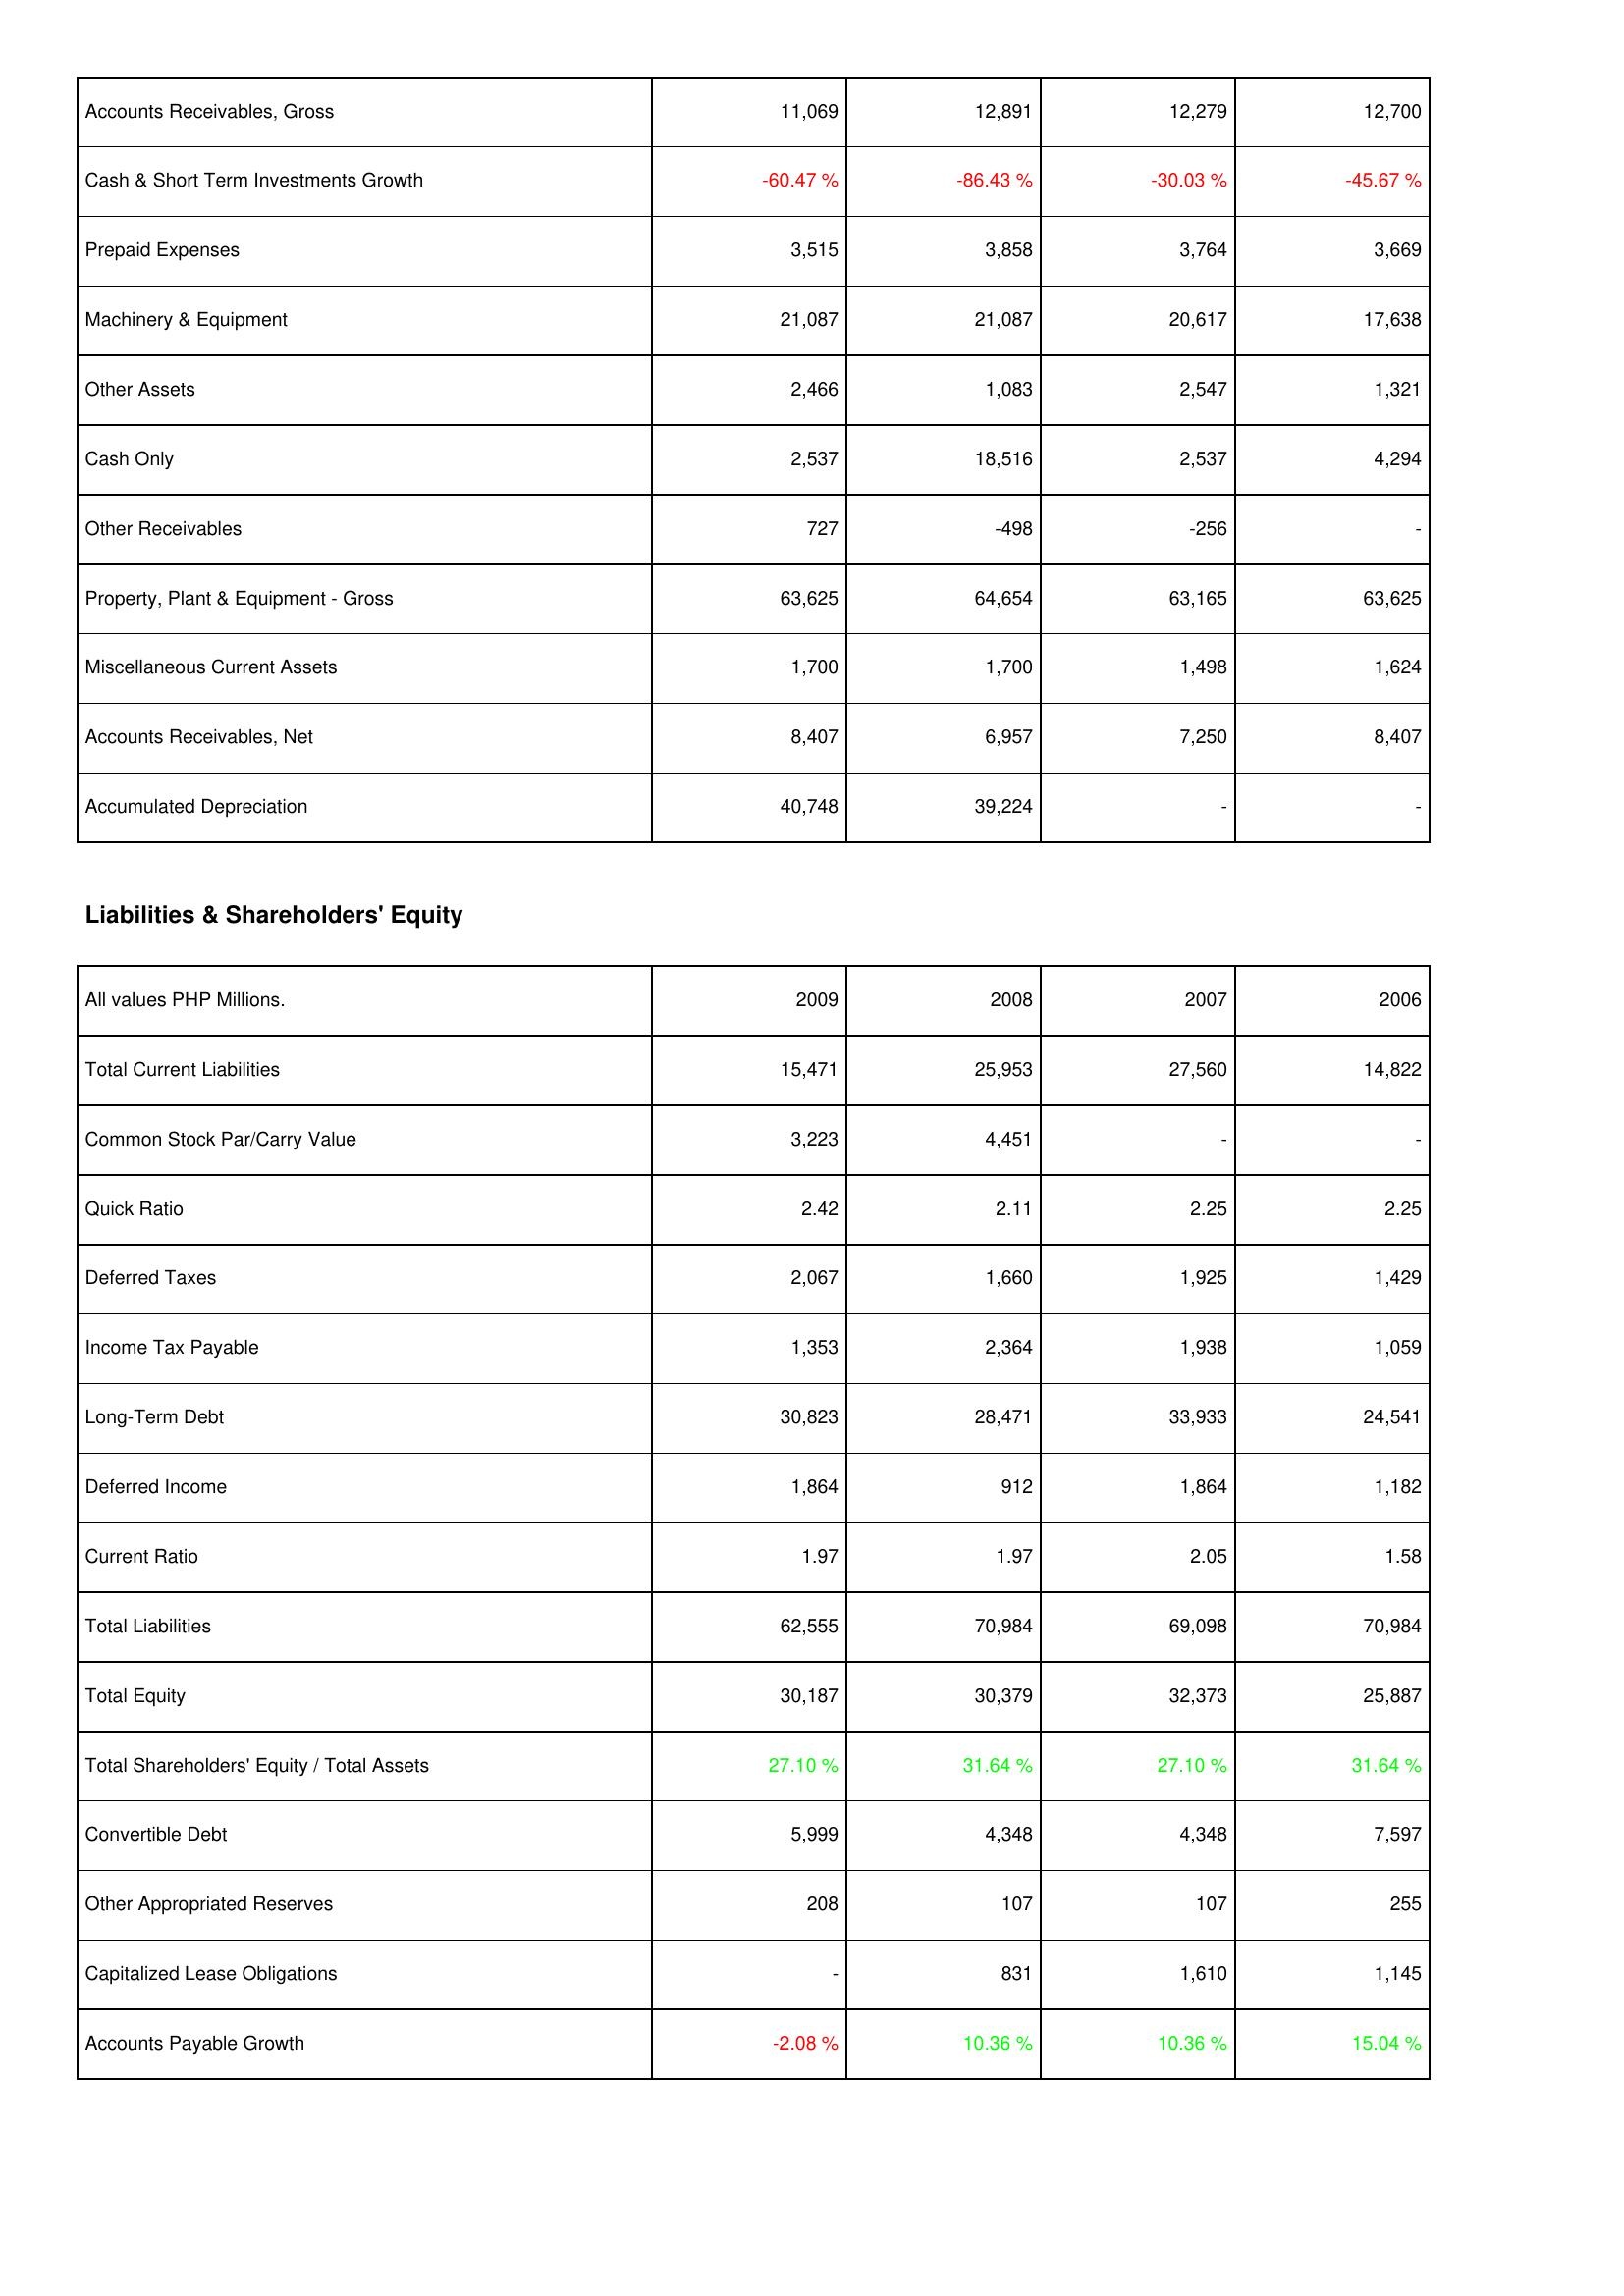
2009: Assets: Accounts Receivables, Gross: 11,069
Cash & Short Term Investments Growth: -60.47 %
Prepaid Expenses: 3,515
Machinery & Equipment: 21,087
Other Assets: 2,466
Cash Only: 2,537
Other Receivables: 727
Property, Plant & Equipment - Gross: 63,625
Miscellaneous Current Assets: 1,700
Accounts Receivables, Net: 8,407
Accumulated Depreciation: 40,748
Liabilities & Shareholders' Equity: Total Current Liabilities: 15,471
Common Stock Par/Carry Value: 3,223
Quick Ratio: 2.42
Deferred Taxes: 2,067
Income Tax Payable: 1,353
Long-Term Debt: 30,823
Deferred Income: 1,864
Current Ratio: 1.97
Total Liabilities: 62,555
Total Equity: 30,187
Total Shareholders' Equity / Total Assets: 27.10 %
Convertible Debt: 5,999
Other Appropriated Reserves: 208
Capitalized Lease Obligations: -
Accounts Payable Growth: -2.08 %
2008: Assets: Accounts Receivables, Gross: 12,891
Cash & Short Term Investments Growth: -86.43 %
Prepaid Expenses: 3,858
Machinery & Equipment: 21,087
Other Assets: 1,083
Cash Only: 18,516
Other Receivables: -498
Property, Plant & Equipment - Gross: 64,654
Miscellaneous Current Assets: 1,700
Accounts Receivables, Net: 6,957
Accumulated Depreciation: 39,224
Liabilities & Shareholders' Equity: Total Current Liabilities: 25,953
Common Stock Par/Carry Value: 4,451
Quick Ratio: 2.11
Deferred Taxes: 1,660
Income Tax Payable: 2,364
Long-Term Debt: 28,471
Deferred Income: 912
Current Ratio: 1.97
Total Liabilities: 70,984
Total Equity: 30,379
Total Shareholders' Equity / Total Assets: 31.64 %
Convertible Debt: 4,348
Other Appropriated Reserves: 107
Capitalized Lease Obligations: 831
Accounts Payable Growth: 10.36 %
2007: Assets: Accounts Receivables, Gross: 12,279
Cash & Short Term Investments Growth: -30.03 %
Prepaid Expenses: 3,764
Machinery & Equipment: 20,617
Other Assets: 2,547
Cash Only: 2,537
Other Receivables: -256
Property, Plant & Equipment - Gross: 63,165
Miscellaneous Current Assets: 1,498
Accounts Receivables, Net: 7,250
Accumulated Depreciation: -
Liabilities & Shareholders' Equity: Total Current Liabilities: 27,560
Common Stock Par/Carry Value: -
Quick Ratio: 2.25
Deferred Taxes: 1,925
Income Tax Payable: 1,938
Long-Term Debt: 33,933
Deferred Income: 1,864
Current Ratio: 2.05
Total Liabilities: 69,098
Total Equity: 32,373
Total Shareholders' Equity / Total Assets: 27.10 %
Convertible Debt: 4,348
Other Appropriated Reserves: 107
Capitalized Lease Obligations: 1,610
Accounts Payable Growth: 10.36 %
2006: Assets: Accounts Receivables, Gross: 12,700
Cash & Short Term Investments Growth: -45.67 %
Prepaid Expenses: 3,669
Machinery & Equipment: 17,638
Other Assets: 1,321
Cash Only: 4,294
Other Receivables: -
Property, Plant & Equipment - Gross: 63,625
Miscellaneous Current Assets: 1,624
Accounts Receivables, Net: 8,407
Accumulated Depreciation: -
Liabilities & Shareholders' Equity: Total Current Liabilities: 14,822
Common Stock Par/Carry Value: -
Quick Ratio: 2.25
Deferred Taxes: 1,429
Income Tax Payable: 1,059
Long-Term Debt: 24,541
Deferred Income: 1,182
Current Ratio: 1.58
Total Liabilities: 70,984
Total Equity: 25,887
Total Shareholders' Equity / Total Assets: 31.64 %
Convertible Debt: 7,597
Other Appropriated Reserves: 255
Capitalized Lease Obligations: 1,145
Accounts Payable Growth: 15.04 %